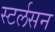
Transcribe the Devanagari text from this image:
स्टर्लसन